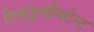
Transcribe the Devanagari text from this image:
डिस्इन्फ़ेक्टेन्ट